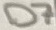
Text: D7